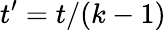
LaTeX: t^{\prime}=t/(k-1)